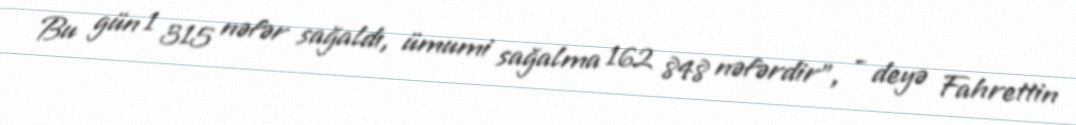
Bu gün 1 315 nəfər sağaldı, ümumi sağalma 162 848 nəfərdir”, - deyə Fahrettin